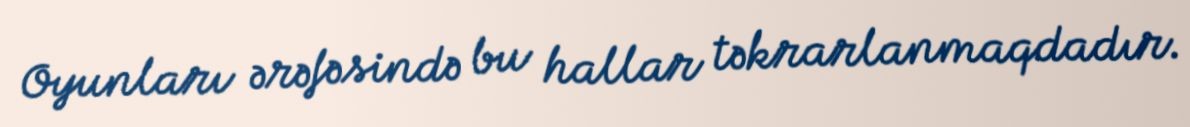
Oyunları ərəfəsində bu hallar təkrarlanmaqdadır.